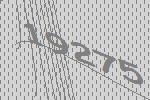
19275